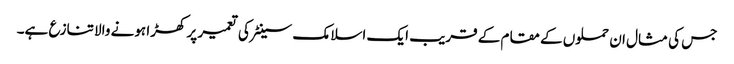
جس کی مثال ان حملوں کے مقام کے قریب ایک اسلامک سینٹر کی تعمیر پر کھڑا ہونے والا تنازع ہے۔